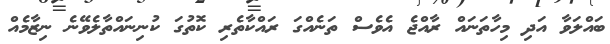
ބައްލަވާ އަދި މިހާތަނައް ރާއްޖެ އެވެސް ތަނެއްގަ ރައްކާތެރި ކޮތުގަ ކުނިނައްތާލެވޭނެ ނިޒާމެއް